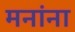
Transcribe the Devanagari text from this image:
मनांना